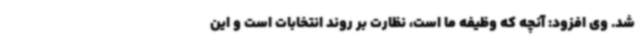
شد. وی افزود: آنچه که وظیفه ما است، نظارت بر روند انتخابات است و این